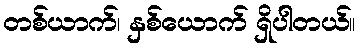
တစ်ယာက်၊ နှစ်ယောက် ရှိပါတယ်။